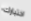
اختبارك